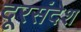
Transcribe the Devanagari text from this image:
दूरसंदेश